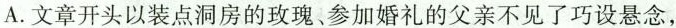
A.文章开头以装点洞房的玫瑰、参加婚礼的父亲不见了巧设悬念，